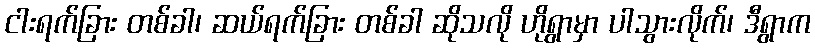
ငါးရက်ခြား တစ်ခါ၊ ဆယ်ရက်ခြား တစ်ခါ ဆိုသလို ဟိုရွာမှာ ပါသွားလိုက်၊ ဒီရွာက